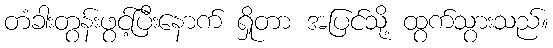
တံခါးတွန်းဖွင့်ပြီးနောက် ရှိုတာ အပြင်သို့ ထွက်သွားသည်။